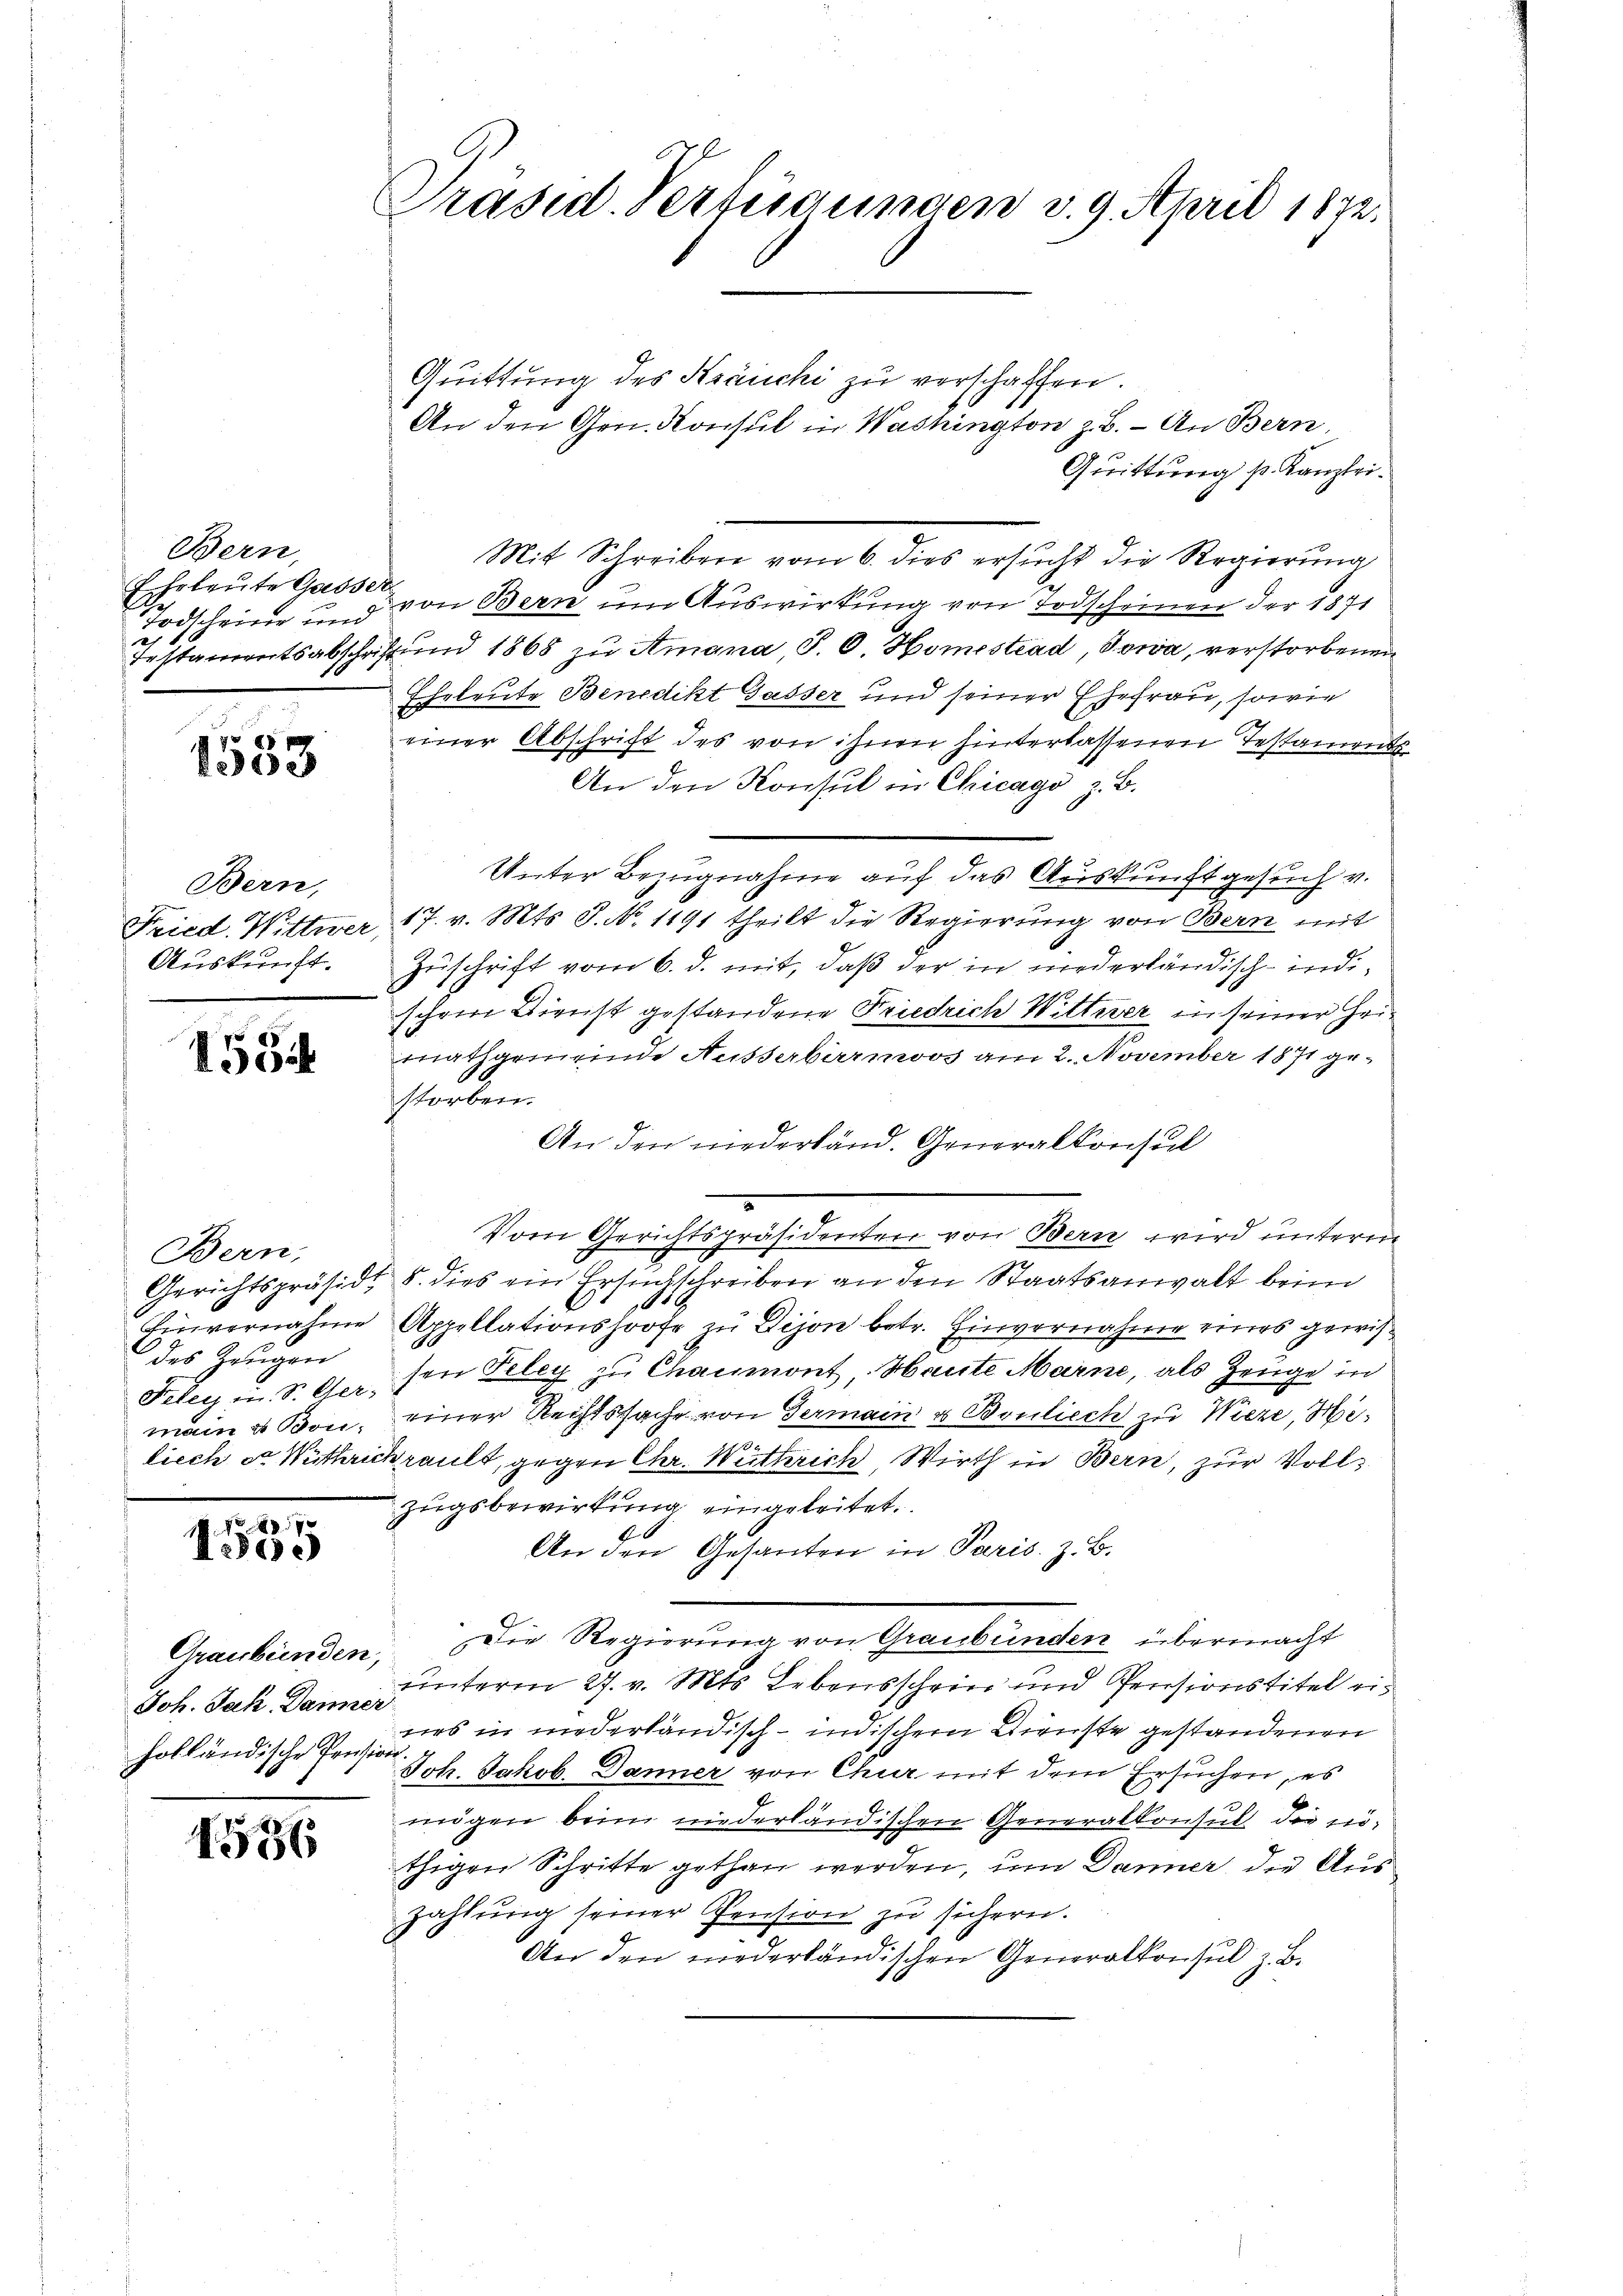
Bern,
Todscheine und
1

g
e

Bern,
Auskunft.

153

Bern,
des Zeugen

7
100

Joh. Jak. Danner
holländische Pension

1556

Präsid. Verfügungen v. 9. April 1872.

Quittung des Kräuchi zu verschaffen.
An den Gen. Konsul in Washington z. B. - An Bern,
Quittung p. Kanzlei.
Mit Schreiben vom 6. dies ersucht die Regierung
Ehrleute Gasse von Bern um Auswirkung von Todscheinen der 1871
Testamentsabschrift und 1868 zu Amana, P. O. Homestead, Sowa, verstorbenen
Ehrleute Benedikt Gasser und seiner Ehefrau, sowie
einer Abschrift des von ihnen hinterlassenen Testament
An den Konsul in Chicago z. B.
Unter Bezugnahme auf das Auskunft gesuch v.
Fried Wittwer 17. v. Mts. S. No. 1191 theilt die Regierŭng von Bern mit
Zuschrift vom 6. d. mit, daß der in niederländisch-indischem Dienst gestandene Friedrich Wittwer in seiner Zeimathgemeinde Ausserbernos am 2. November 1871 ge-
storben.
An den niederländ. Generalkonsul
Vom Gerichtspräsidenten von Bern wird unterm
Gerichtspräsidt 8. dies ein Ersuchschreiben an den Staatsanwalt beim
Einvernahme Appellationshofe in Dijon betr. Einvernahme eines gewis¬
Feley u. S. Ger son Peley zu Chaumont, Haute Marne, als Zeuge in
män & Bon, einer Rechtssache von Germain u Baulich zu Wieze, Hielieche Mittrick ault, gegen Chr. Wüttrich, Wirth in Bern, zur Vollzugsbewirkung eingeleitet.
6
An den Gesanten in Paris. z. B.
Graubünden. Die Regierung von Graubünden übermacht
unterm 27. v. Mts. Lebensschein und Persionstitel ein
urs in niederländisch-indischem Dienste gestandenen
Joh. Jakob. Danner von Chur mit dem Ersuchen, es
mögen beim niederländischen Generalkonsul die nöthigen Schritte gethan werden, um Danner die Auszahlung seiner Pension zu sichern.
An den niederländischen Generalkonsul z. B.